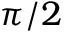
\pi / 2